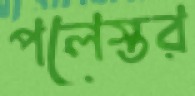
পলেস্তর